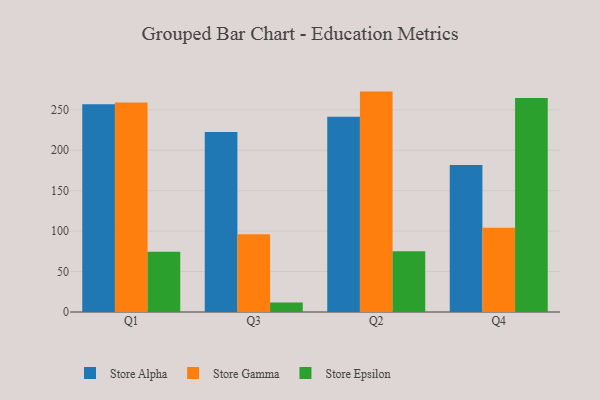
{"axis": {"x": "Quarter", "y": "Market Share (%)"}, "legend": ["Store Alpha", "Store Epsilon", "Store Gamma"], "data": [{"x": "Q1", "y": 256.8, "type": "Store Alpha"}, {"x": "Q1", "y": 259.1, "type": "Store Gamma"}, {"x": "Q1", "y": 74.6, "type": "Store Epsilon"}, {"x": "Q3", "y": 222.7, "type": "Store Alpha"}, {"x": "Q3", "y": 96.0, "type": "Store Gamma"}, {"x": "Q3", "y": 11.8, "type": "Store Epsilon"}, {"x": "Q2", "y": 241.4, "type": "Store Alpha"}, {"x": "Q2", "y": 272.5, "type": "Store Gamma"}, {"x": "Q2", "y": 75.0, "type": "Store Epsilon"}, {"x": "Q4", "y": 181.6, "type": "Store Alpha"}, {"x": "Q4", "y": 104.2, "type": "Store Gamma"}, {"x": "Q4", "y": 264.5, "type": "Store Epsilon"}]}